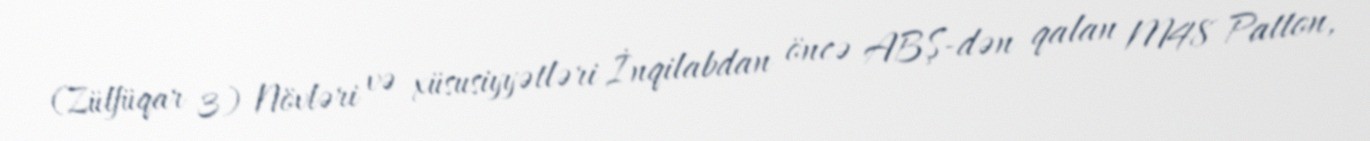
(Zülfüqar 3) Növləri və xüsusiyyətləri İnqilabdan öncə ABŞ-dən qalan M48 Patton,